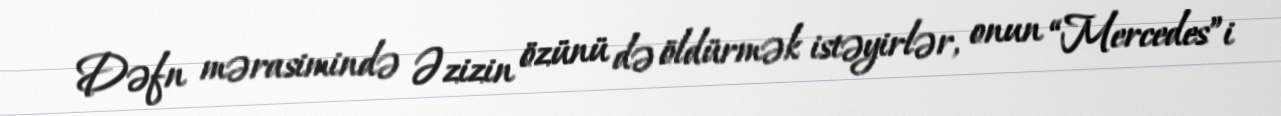
Dəfn mərasimində Əzizin özünü də öldürmək istəyirlər, onun “Mercedes”i